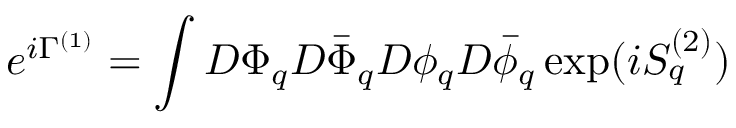
e ^ { i \Gamma ^ { ( 1 ) } } = \int { \cal D } \Phi _ { q } { \cal D } \bar { \Phi } _ { q } { \cal D } \phi _ { q } { \cal D } \bar { \phi } _ { q } \exp ( i S _ { q } ^ { ( 2 ) } )